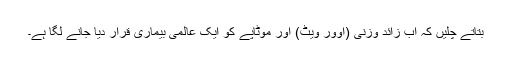
بتاتے چلیں کہ اب زائد وزنی (اوور ویٹ) اور موٹاپے کو ایک عالمی بیماری قرار دیا جانے لگا ہے۔